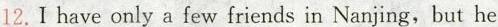
12.1 have only a few friends in Nanjing,but he